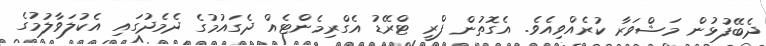
ދެބޭފުޅުން މަޝްވަރާ ކުރެއްވިއެވެ. އެގޮތުން ފްރީ ޓްރޭޑު އެގްރިމެންޓެއް ދެގައުމުގެ ދެމެދުގައި އެކުލަވާލުމުގެ